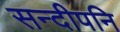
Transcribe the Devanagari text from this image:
सन्दीपनि